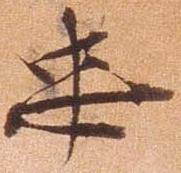
忠